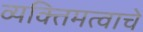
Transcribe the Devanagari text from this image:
व्यक्तिमत्वाचे